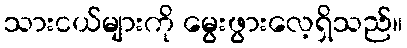
သားငယ်များကို မွေးဖွားလေ့ရှိသည်။